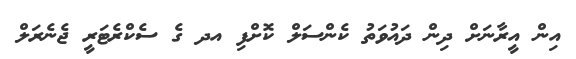
އިން އީރާނަށް ދިން ދައުވަތު ކެންސަލް ކޮށްފި އދ ގެ ސެކްރެޓަރީ ޖެނެރަލް